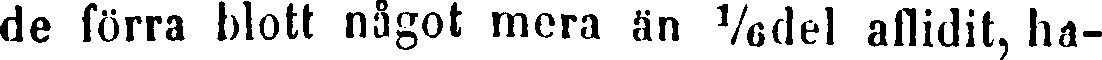
de förra blott något mera än ⅙del aflidit, ha-